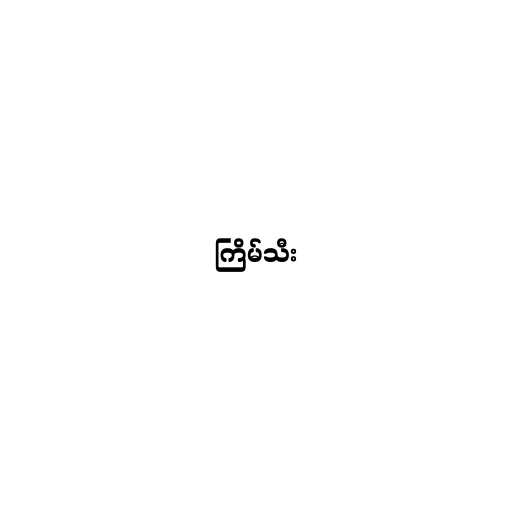
ကြိမ်သီး